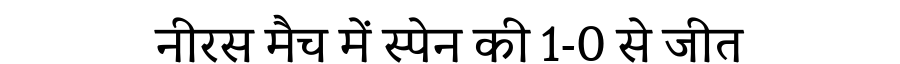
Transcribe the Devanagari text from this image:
नीरस मैच में स्पेन की 1-0 से जीत